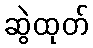
ဆွဲထုတ်